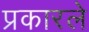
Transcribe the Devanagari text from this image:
प्रकारले